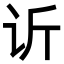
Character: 䜣